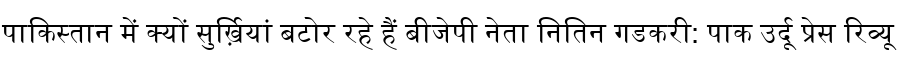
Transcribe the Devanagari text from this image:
पाकिस्तान में क्यों सुर्ख़ियां बटोर रहे हैं बीजेपी नेता नितिन गडकरी: पाक उर्दू प्रेस रिव्यू